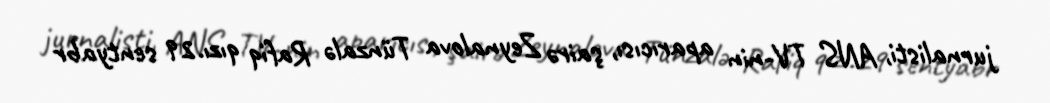
jurnalisti, ANS TV-nin aparıcısı, şairə Zeynalova Tünzalə Rafiq qızı.29 sentyabr